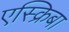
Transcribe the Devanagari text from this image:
एस्क्रिबा